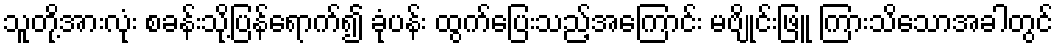
သူတို့အားလုံး စခန်းသို့ပြန်ရောက်၍ ခုံပန်း ထွက်ပြေးသည့်အကြောင်း မဗျိုင်းဖြူ ကြားသိသောအခါတွင်